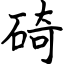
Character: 碕